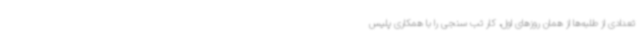
تعدادی از طلبه‌ها از همان روزهای اول، کار تب سنجی را با همکاری پلیس